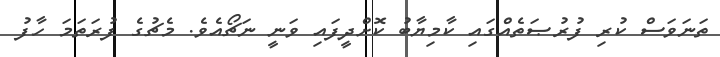
ތަނަވަސް ކުރި ފުރުޞަތެއްގައި ކާމިޔާބު ކޮށްދީފައި ވަނީ ނަޗޯއެވެ. މެޗުގެ ފުރަތަމަ ހާފު